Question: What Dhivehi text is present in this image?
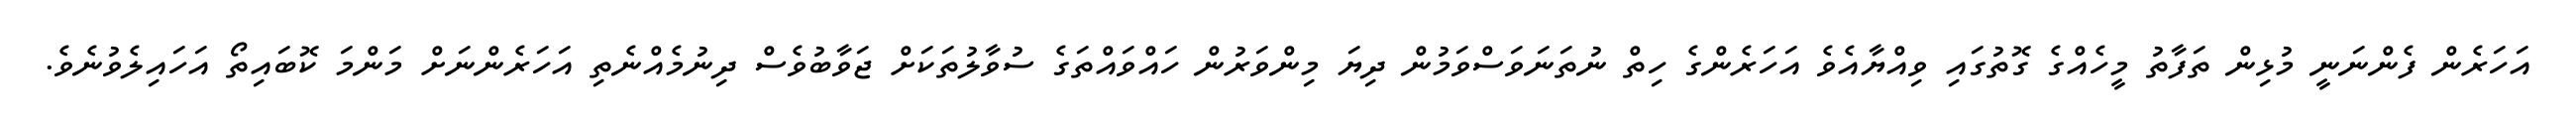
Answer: އަހަރެން ފެންނަނީ މުޅިން ތަފާތު މީހެއްގެ ގޮތުގައި ވިއްޔާއެވެ އަހަރެންގެ ހިތް ނުތަނަވަސްވަމުން ދިޔަ މިންވަރުން ހައްވައްތަގެ ސުވާލުތަކަށް ޖަވާބުވެސް ދިނުމެއްނެތި އަހަރެންނަށް މަންމަ ކޮބައިތޯ އަހައިލެވުނެވެ.